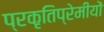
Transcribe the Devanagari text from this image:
प्रकृतिप्रेमीयों